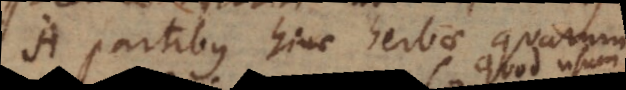
A partibus hinc herbae quarum